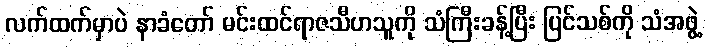
လက်ထက်မှာပဲ နာခံတော် မင်းထင်ရာဇသီဟသူကို သံကြီးခန့်ပြီး ပြင်သစ်ကို သံအဖွဲ့